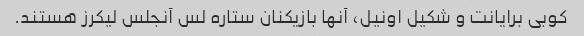
کوبی برایانت و شکیل اونیل، آنها بازیکنان ستاره لس آنجلس لیکرز هستند.